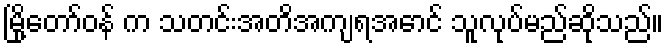
မြို့တော်ဝန် က သတင်းအတိအကျရအောင် သူလုပ်မည်ဆိုသည်။